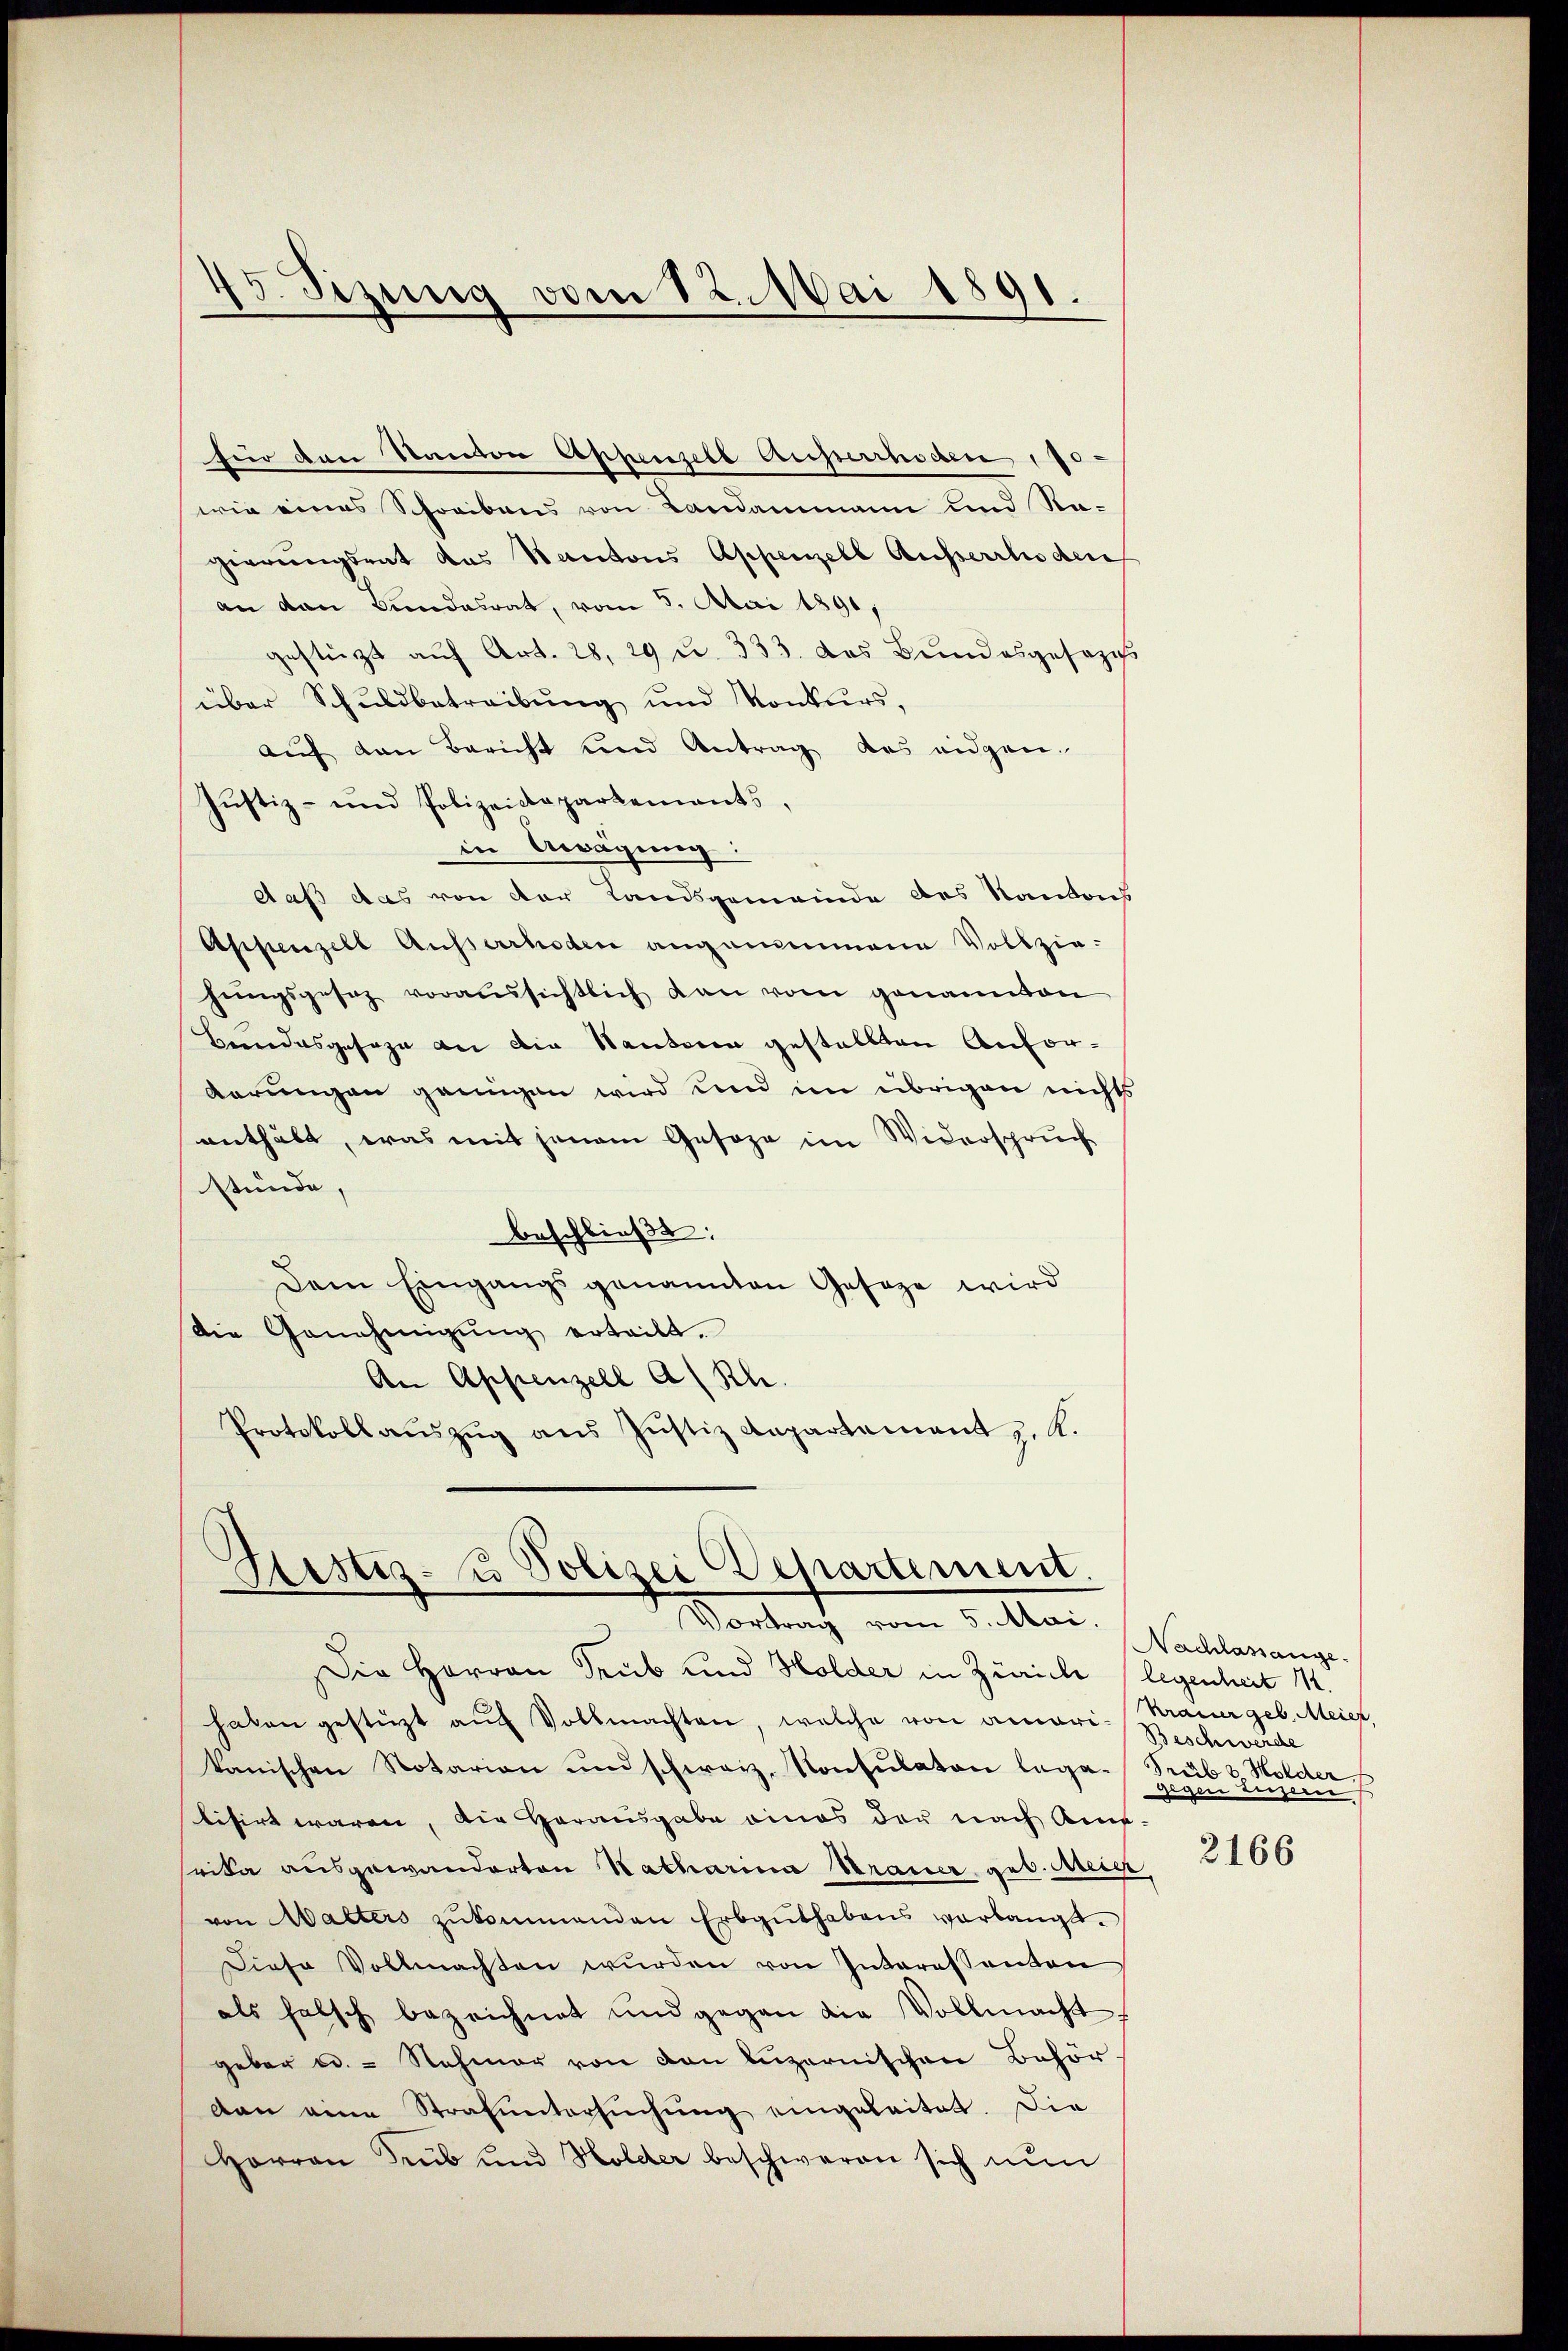
für den Kanton Appensche Ausserrhoden 170
wie eines Schreibens von Landammann und Na-
gierungsrat das Kantons Appenzell Ausserrhoden
an den Bundesrat, vom 5. Mai 1891,
gestüzt aŭf Art. 28, 29 u. 333. das Bundesgesezes
über Schŭldbetreibŭng und Konkurs,
aŭf den Bericht und Antrag des eidgen.
Justiz- und Polizeidepartements,
in Awägung:
daß das von der Landsgemeinde des Kantons
Appenzell Ausserrhoden angenommene Vollziehŭngsgesez voraussichtlich dan vom genannten
Bendesgesage an die Wanderen gestellten Anforkerungen genügen wird und im übrigen nichts
enthält, was mit jenem Gesage im Widerspruch
stünde,
beschließt:
Dem Eingangs genannten Geseze wird
Die Genehmigŭng erteilt.
An Appenzell A/Rh.
Protokollaŭszŭg aŭs Justiz Anpartement z. R.

45. Sezung vom 12. Mai 1891.

Hestiz- u Polizei Departement.
Vortrag vom 5. Mai.

Die Herren Trub und Holder in Zürich legenheit 12.
haben gestüzt aŭf Vollmachten, welche von amori- Beschwerde
kanischen Notarian und schweiz. Konsulaton lega-
bisirt waren, die Herausgabe eines der nach Ame-
srika ausgewanderten Natharina Strauer, geb. Meier,
von Walters zŭkommenden Erbguthabens verlangt.
Diese Vollmachten wurden von Interessanten
als falsch bezeichnet und gegen die Vollmacht,
geber u. - Nehmer von den Luzernischen Behör-
dan eine Strafuntersŭchŭng eingeleitet. Die
Harron Seub und Holder beschweren sich nŭn

Nachlasange.
Krauer geb. Meier
Prcib & Holder
gegen Luzern

2166